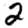
Digit: 2